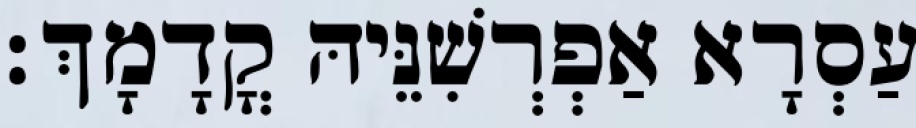
עַסְרָא אַפְרְשִׁנֵּיהּ קֳדָמָךְ׃